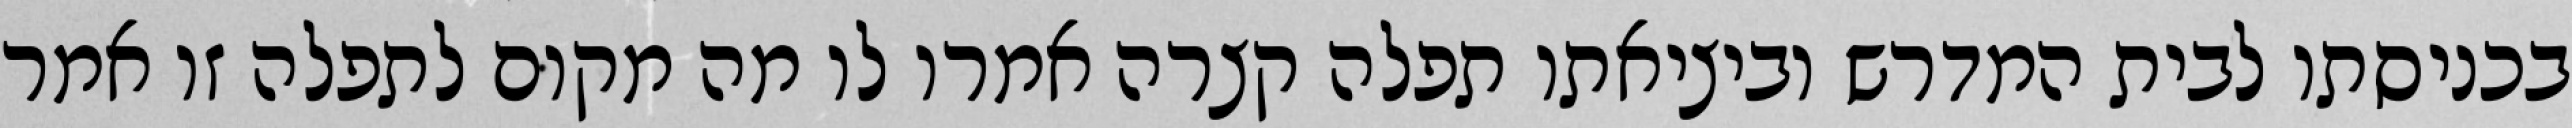
בכניסתו לבית המדרש וביציאתו תפלה קצרה אמרו לו מה מקום לתפלה זו אמר